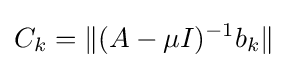
C_{k}=\|(A-\mu I)^{-1}b_{k}\|